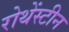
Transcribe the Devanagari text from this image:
रोथेंस्टीन